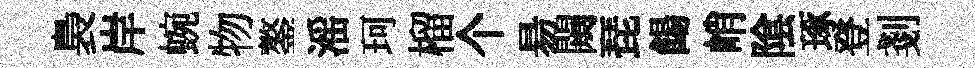
裊岸蜿物鏊滛珂榴个昜闚琵餳峭隂琢登剗